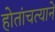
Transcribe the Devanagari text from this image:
होतांचत्यानें